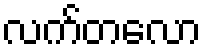
လက်တလော